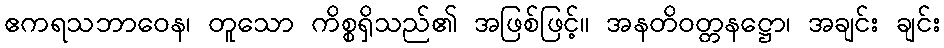
ဧကရသဘာဝေန၊ တူသော ကိစ္စရှိသည်၏ အဖြစ်ဖြင့်။ အနတိဝတ္တနဋ္ဌော၊ အချင်း ချင်း